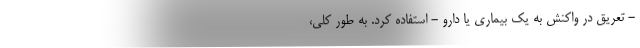
- تعریق در واکنش به یک بیماری یا دارو - استفاده کرد. به طور کلی،